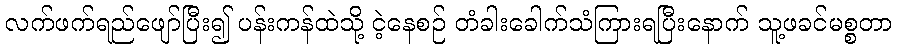
လက်ဖက်ရည်ဖျော်ပြီး၍ ပန်းကန်ထဲသို့ ငဲ့နေစဉ် တံခါးခေါက်သံကြားရပြီးနောက် သူ့ဖခင်မစ္စတာ